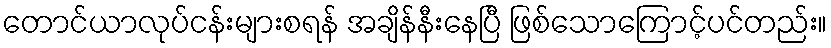
တောင်ယာလုပ်ငန်းများစရန် အချိန်နီးနေပြီ ဖြစ်သောကြောင့်ပင်တည်း။